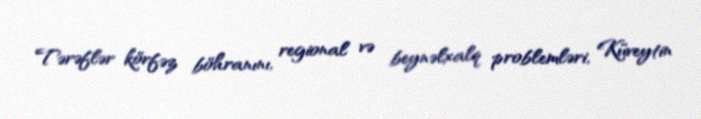
Tərəflər körfəz böhranını, regional və beynəlxalq problemləri, Küveytin